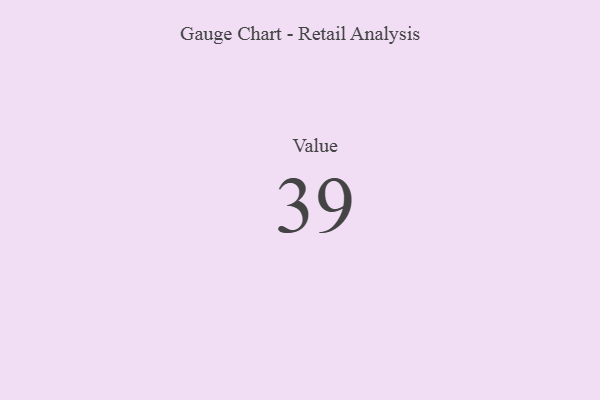
{"axis": {"x": "Metric", "y": "Value"}, "legend": [""], "data": [{"x": "Value", "y": 39, "type": ""}]}